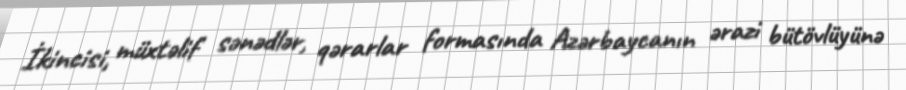
İkincisi, müxtəlif sənədlər, qərarlar formasında Azərbaycanın ərazi bütövlüyünə